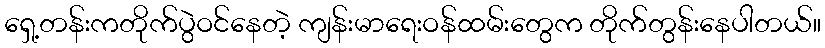
ရှေ့တန်းကတိုက်ပွဲဝင်နေတဲ့ ကျန်းမာရေးဝန်ထမ်းတွေက တိုက်တွန်းနေပါတယ်။